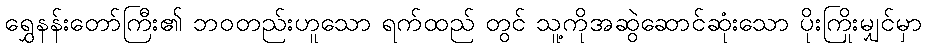
ရွှေနန်းတော်ကြီး၏ ဘဝတည်းဟူသော ရက်ထည် တွင် သူ့ကိုအဆွဲဆောင်ဆုံးသော ပိုးကြိုးမျှင်မှာ